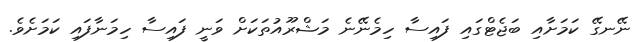
ނޭނގޭ ކަމަށާއި ބަޖެޓްގައި ފައިސާ ހިމެނޭނެ މަޝްރޫއުތަކަށް ވަނީ ފައިސާ ހިމަނާފައި ކަމަށެވެ.